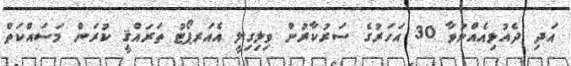
އަދި ދެއުޅިއެއްނުވާ 30 އަހަރުގެ ސަރުކާރުން ވިލިގިލީ އެއަރޕޯޓު ތަރައްޤީ ކުރަން މަސައްކަތް